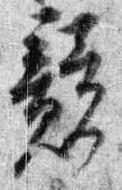
競